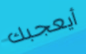
أيعجبك